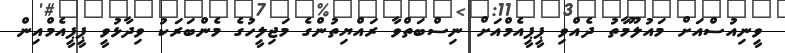
ވީނިއުސްއަށް މައުލޫމާތު ދެއްވި ޕީޕީއެމްއަށް ނިސްބަތްވާ ރައްޔިތުންގެ މަޖިލީހުގެ މެންބަރަކު ވިދާޅުވީ ޕީޕީއެމްއިން